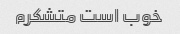
خوب است متشکرم